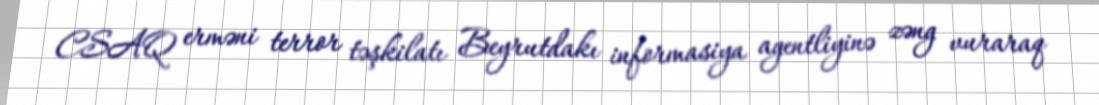
CSAQ erməni terror təşkilatı Beyrutdakı informasiya agentliyinə zəng vuraraq